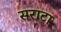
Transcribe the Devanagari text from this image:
सराटा